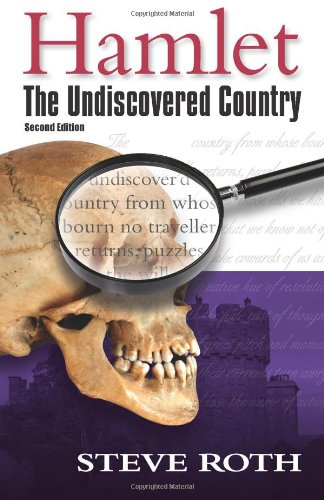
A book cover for Hamlet: The Undiscovered Country, Second Edition; Steve Roth; Literature & Fiction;